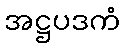
အဋ္ဌပဒကံ